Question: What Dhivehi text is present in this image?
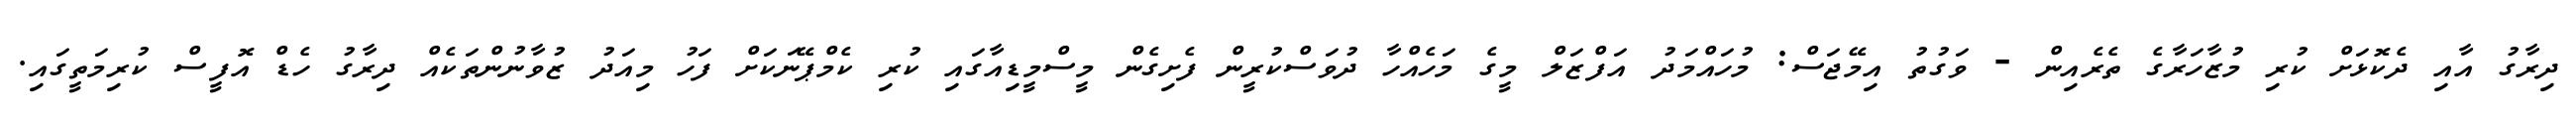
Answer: ދިރާގު އާއި ދެކޮޅަށް ކުރި މުޒާހަރާގެ ތެރެއިން - ވަގުތު އިމޭޖަސް: މުހައްމަދު އަފްޒަލް މީގެ މަހެއްހާ ދުވަސްކުރީން ފެށިގެން މީސްމީޑިއާގައި ކުރި ކެމްޕޭނަކަށް ފަހު މިއަދު ޒުވާނުންތަކެއް ދިރާގު ހެޑް އޮފީސް ކުރިމަތީގައި.